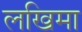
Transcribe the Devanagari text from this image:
लखिमा